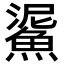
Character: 𩸧